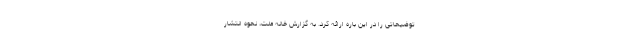
توضیحاتی را در این باره ارائه کرد. به گزارش خانه ملت، نحوه انتشار